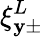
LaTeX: \xi_{\mathbf{y}\pm}^{L}